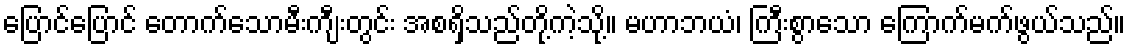
ပြောင်ပြောင် တောက်သောမီးကျီးတွင်း အစရှိသည်တို့ကဲ့သို့။ မဟာဘယံ၊ ကြီးစွာသော ကြောက်မက်ဖွယ်သည်။